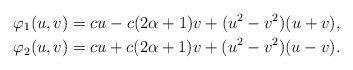
\begin{align*}\varphi_1(u,v)=cu-c(2\alpha+1)v+(u^2-v^2)(u+v), \\ \varphi_2(u,v)=cu+c(2\alpha+1)v+(u^2-v^2)(u-v).\end{align*}